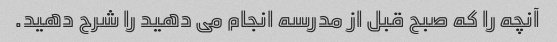
آنچه را که صبح قبل از مدرسه انجام می دهید را شرح دهید.